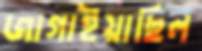
জাগাইয়াছিল